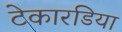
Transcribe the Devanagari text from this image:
टेकारडिया